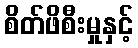
စိတ်ဖိစီးမှုနှင့်